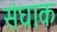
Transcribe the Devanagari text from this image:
संघाक